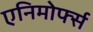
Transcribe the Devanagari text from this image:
एनिमोर्फ्स